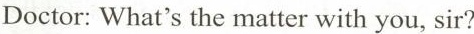
Doctor: What's the matter with you, sir?